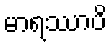
မာရဿာပိ